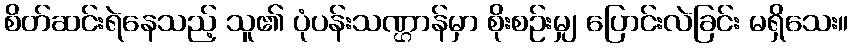
စိတ်ဆင်းရဲနေသည့် သူ၏ ပုံပန်းသဏ္ဌာန်မှာ စိုးစဉ်းမျှ ပြောင်းလဲခြင်း မရှိသေး။